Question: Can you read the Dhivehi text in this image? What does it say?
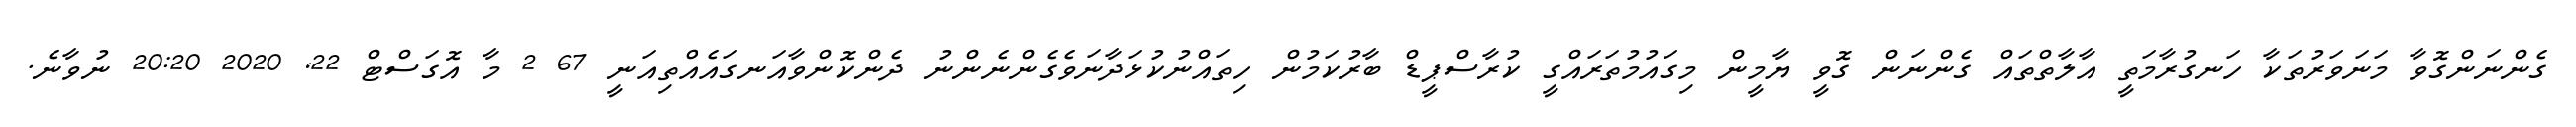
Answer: ގެންނަންގޮވާ މަނަވަރުތަކާ ހަނގުރާމަތީ އާލާތްތައް ގެންނަން ގޮވީ ޔާމީން މިގައުމުތަރައްގީ ކުރާސްޕީޑް ބާރުކަމުން ހިތައްނުކުޅަދާނަވެގެންނެންނު ދެންކޮންވާއަނގައެއްތިއަނީ 67 2 މާ އޮގަސްޓް 22, 2020 20:20 ނުވާނެ.